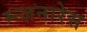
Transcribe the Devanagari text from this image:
म्न्ज़नारेस